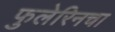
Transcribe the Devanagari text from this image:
फुलेरिनचा